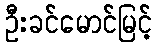
ဦးခင်မောင်မြင့်